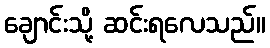
ချောင်းသို့ ဆင်းရလေသည်။